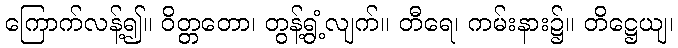
ကြောက်လန့်၍။ ဝိတ္တတော၊ တွန့်ရွံ့လျက်။ တီရေ၊ ကမ်းနား၌။ တိဋ္ဌေယျ၊